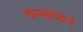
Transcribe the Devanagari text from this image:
वनक्षेत्राने